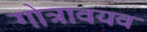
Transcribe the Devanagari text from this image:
गोत्रावयव